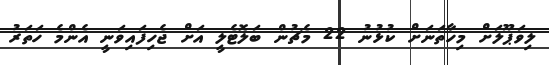
ލިވަޕޫލަށް މިހާތަނަށް ކުޅުނު 22 މެޗުން ބަލޮޓެލީ އަށް ޖެހިފައިވަނީ އެންމެ ހަތަރު